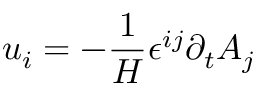
u _ { i } = - \frac { 1 } { H } \epsilon ^ { i j } \partial _ { t } { A } _ { j }